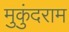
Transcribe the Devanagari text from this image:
मुकुंदराम